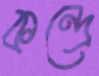
কন্দ্রে